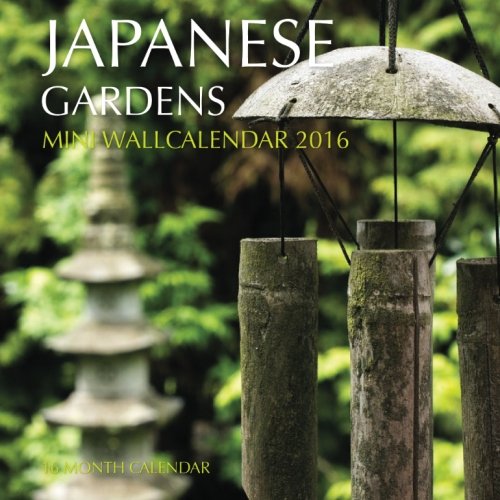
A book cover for Japanese Gardens Mini Wall Calendar 2016: 16 Month Calendar; Jack Smith; Calendars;